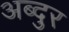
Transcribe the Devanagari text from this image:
अब्‍दुर